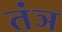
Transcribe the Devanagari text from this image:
तंञ